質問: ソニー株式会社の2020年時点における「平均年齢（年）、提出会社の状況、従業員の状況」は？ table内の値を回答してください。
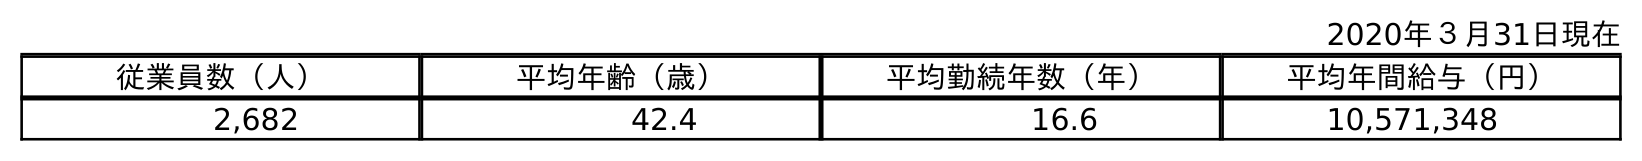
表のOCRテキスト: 2020年３月31日現在 従業員数（人） 平均年齢（歳） 平均勤続年数（年） 平均年間給与（円） 2,682 42.4 16.6 10,571,348
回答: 42.4